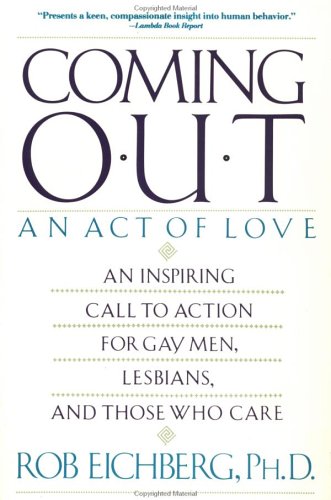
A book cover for Coming Out: An Act of Love (Plume); Rob Eichberg; Gay & Lesbian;